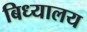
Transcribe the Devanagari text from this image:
बिध्यालय